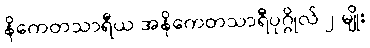
နိကေတသာရီယ အနိကေတသာရီပုဂ္ဂိုလ် ၂-မျိုး